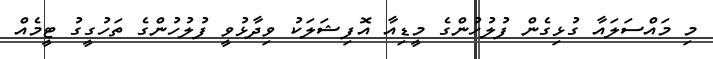
މި މައްސަލައާ ގުޅިގެން ފުލުހުންގެ މީޑިއާ އޮފިޝަލަކު ވިދާޅުވީ ފުލުހުންގެ ތަހުގީގު ޓީމެއް